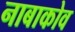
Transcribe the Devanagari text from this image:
नाबाकोव